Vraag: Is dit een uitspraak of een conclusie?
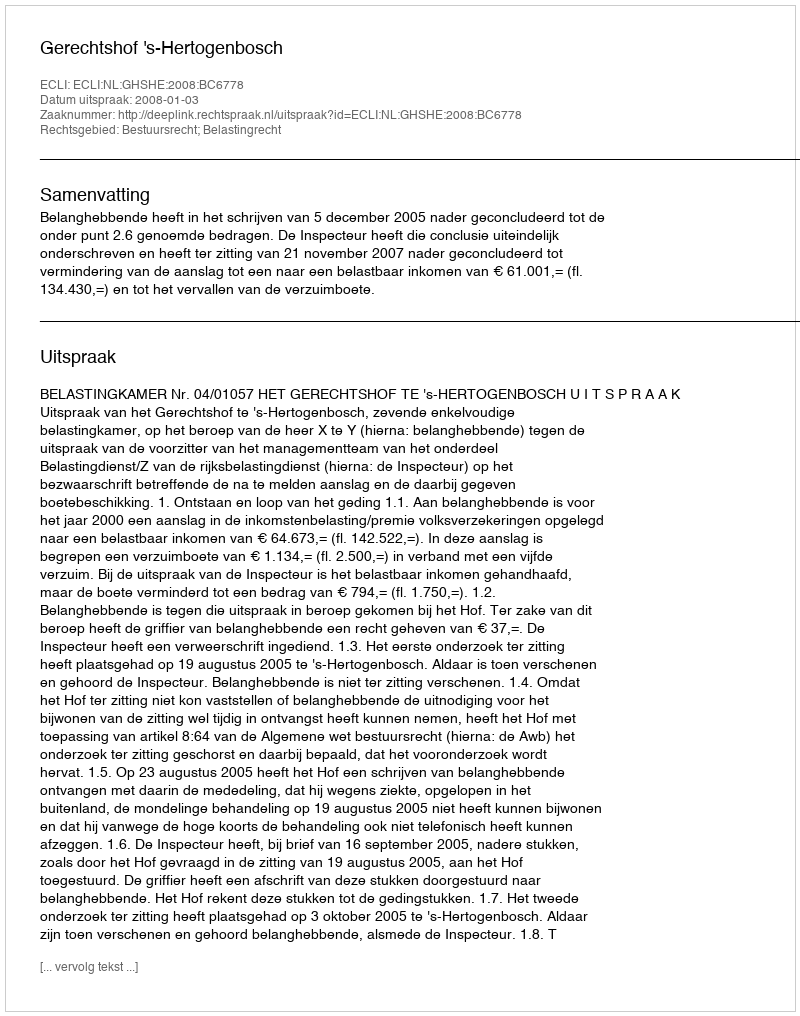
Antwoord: Uitspraak